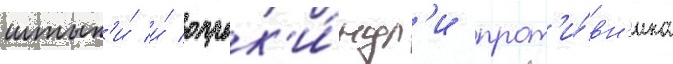
штык'и́ и́ опрок'и́нул'и прот'и́вн'ика